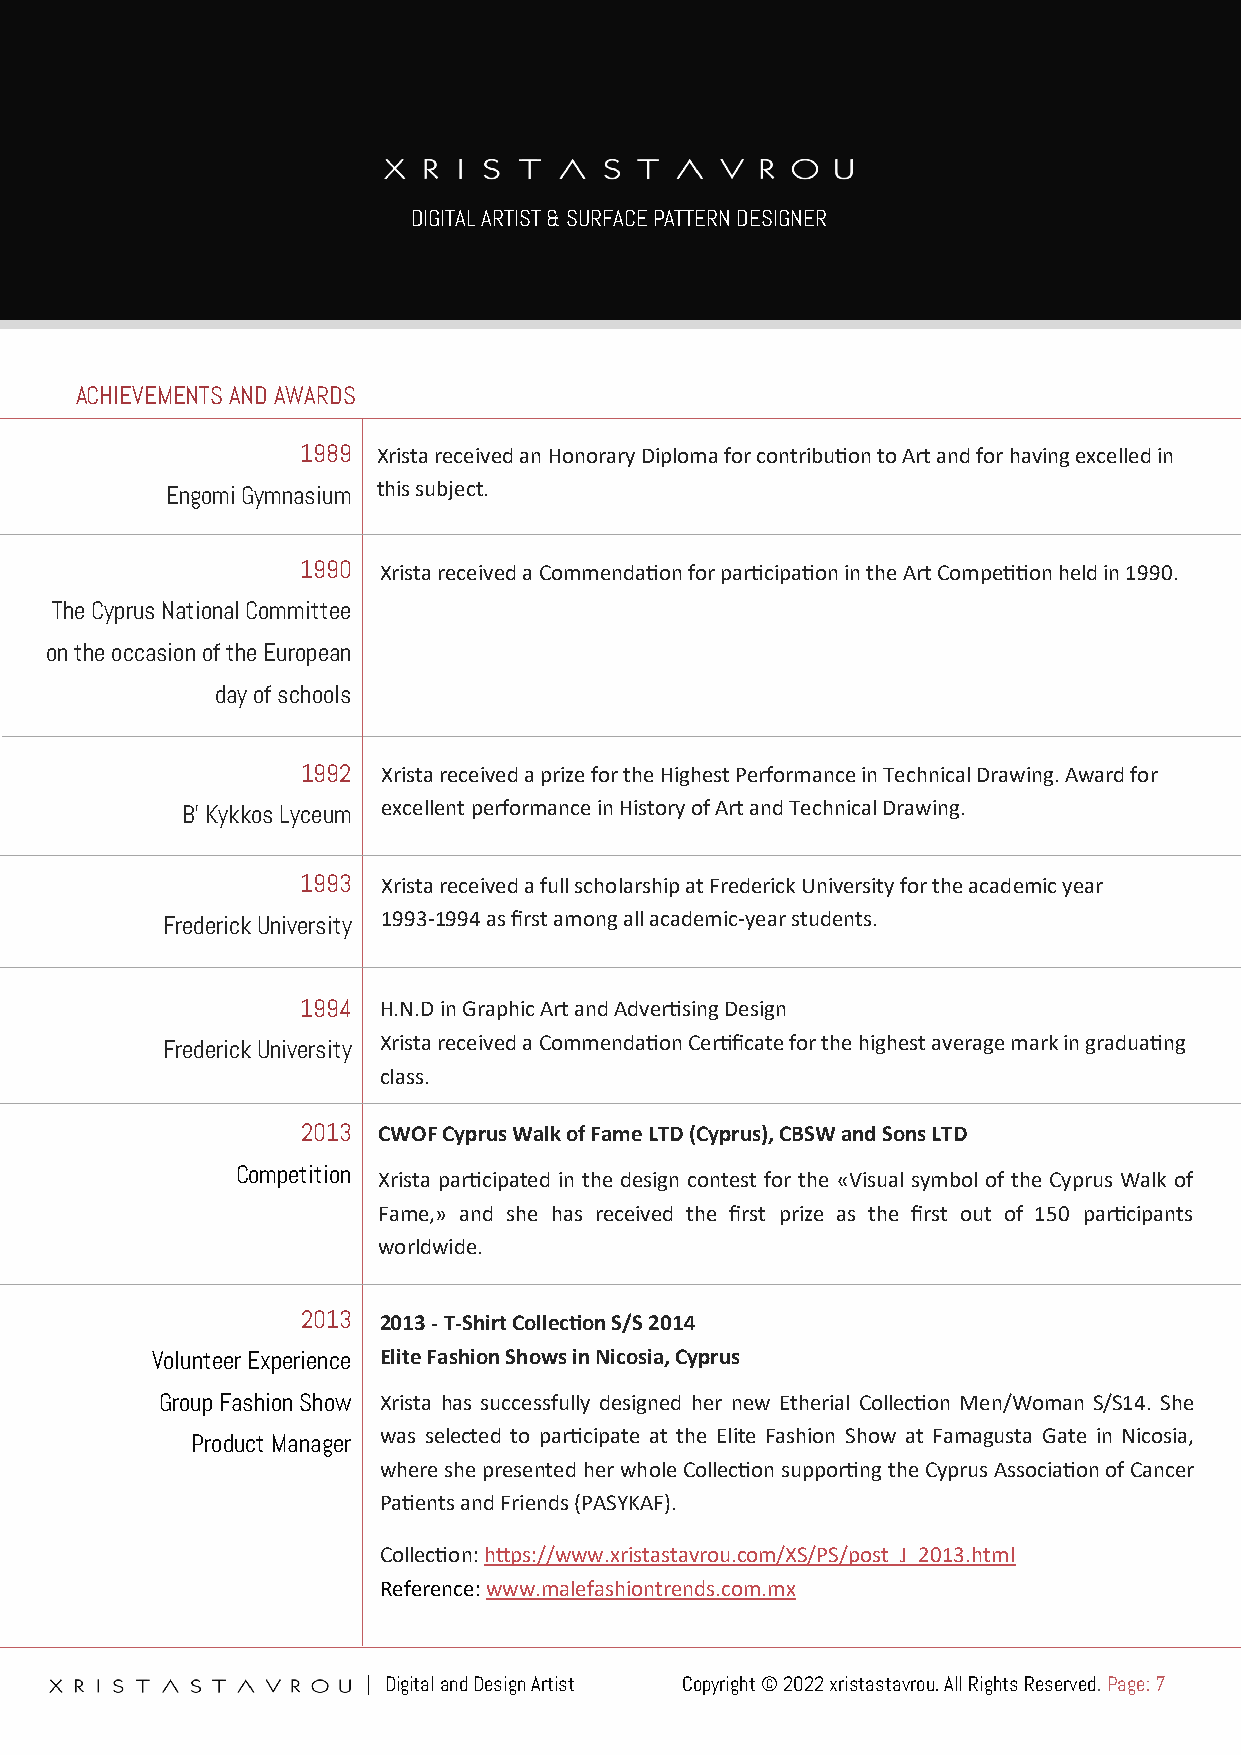
DIGITAL ARTIST & SURFACE PATTERN DESIGNER
 ACHIEVEMENTS AND AWARDS
 1989 Xrista received an Honorary Diploma for contribution to Art and for having excelled in
 Engomi Gymnasium
 this subject.
 1990 Xrista received a Commendation for participation in the Art Competition held in 1990.
 The Cyprus National Committee
 on the occasion of the European
 day of schools
 1992 Xrista received a prize for the Highest Performance in Technical Drawing. Award for
 excellent performance in History of Art and Technical Drawing.
 B’ Kykkos Lyceum
 1993 Xrista received a full scholarship at Frederick University for the academic year
 1993-1994 as first among all academic-year students.
 Frederick University
 1994 H.N.D in Graphic Art and Advertising Design
 Xrista received a Commendation Certificate for the highest average mark in graduating
 Frederick University
 class.
 2013 CWOF Cyprus Walk of Fame LTD (Cyprus), CBSW and Sons LTD
 Competition Xrista participated in the design contest for the «Visual symbol of the Cyprus Walk of
 Fame,» and she has received the first prize as the first out of 150 participants
 worldwide.
 2013 2013 - T-Shirt Collection S/S 2014
 Volunteer Experience Elite Fashion Shows in Nicosia, Cyprus
 Group Fashion Show Xrista has successfully designed her new Etherial Collection Men/Woman S/S14. She
 was selected to participate at the Elite Fashion Show at Famagusta Gate in Nicosia,
 Product Manager
 where she presented her whole Collection supporting the Cyprus Association of Cancer
 Patients and Friends (PASYKAF).
 Collection: https://www.xristastavrou.com/XS/PS/post_J_2013.html
 Reference: www.malefashiontrends.com.mx
 | Digital and Design Artist Copyright © 2022 xristastavrou. All Rights Reserved. Page: 7